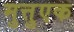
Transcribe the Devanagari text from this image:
मुत्तुएक